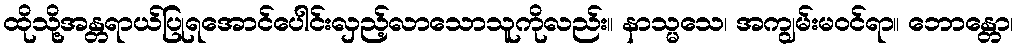
ထိုသို့အန္တရာယ်ပြုရအောင်ပေါင်းလှည့်လာသောသူကိုလည်း။ နာသ္မသေ၊ အကျွမ်းမဝင်ရာ။ ဘောန္တော၊